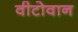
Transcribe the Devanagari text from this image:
वीटोवान